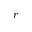
\boldsymbol { r }